Lunatic asylums Madras 1892-1911 - 1892-1911
Year: 1892
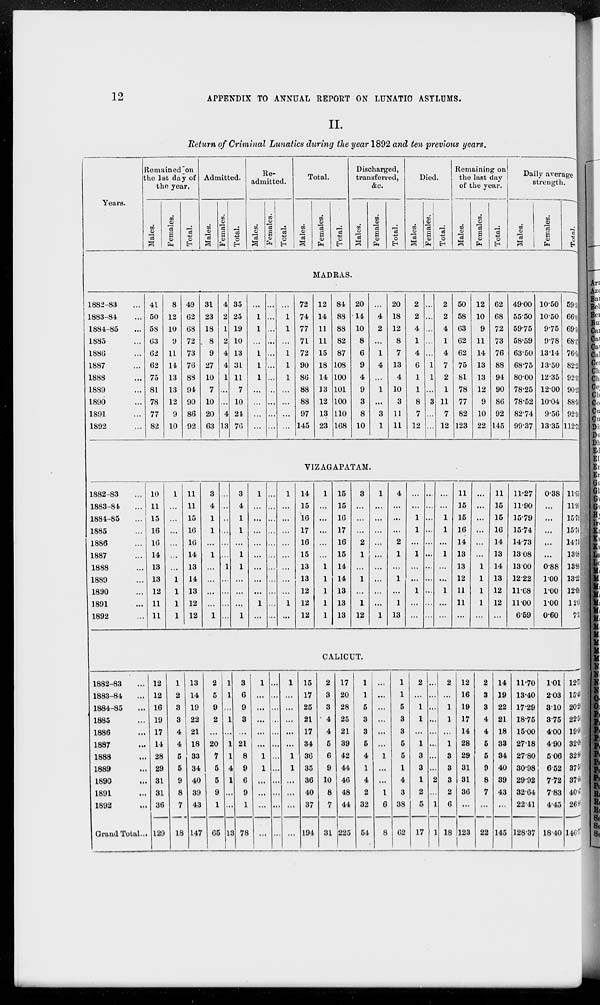
12
APPENDIX TO ANNUAL REPORT ON LUNATIC ASYLUMS.
II.
Return of Criminal Lunatics during the year 1892 and ten previous years.
Years.
Remained on
the 1st day of
the year.
Males.
Females.
Total.
Admitted.
Males.
Females.
Total.
Re-
admitted.
Males.
Females.
Total.
Total.
Males.
Females.
Total.
Discharged,
transferred,
&c.
Males.
Females.
Total.
Died.
Males.
Females.
Total.
Remaining on
the last day
of the year.
Males.
Females.
Total.
Daily average
strength.
Males.
Females.
Total.
MADRAS.
1882-83 ...
1883-84 ...
1884-85 ...
1885 ...
1886 ...
1887 ...
1888 ...
1889 ...
1890 ...
1891 ...
1892 ...
41
50
58
63
62
62
75
81
78
77
82
8
12
10
9
11
14
13
13
12
9
10
49
62
68
72
73
76
88
94
90
86
92
31
23
18
8
9
27
10
7
10
20
63
4
2
1
2
4
4
1
...
...
4
13
35
25
19
10
13
31
11
7
10
24
76
...
1
1
...
1
1
1
...
...
...
...
...
...
...
...
...
...
...
...
...
...
...
...
1
1
...
1
1
1
...
...
...
...
72
74
77
71
72
90
86
88
88
97
145
12
14
11
11
15
18
14
13
12
13
23
84
88
88
82
87
108
100
101
100
110
168
20
14
10
8
6
9
4
9
3
8
10
...
4
2
...
1
4
...
1
...
3
1
20
18
12
8
7
13
4
10
3
11
11
2
2
4
1
4
6
1
1
8
7
12
...
...
...
...
...
1
1
...
3
...
...
2
2
4
1
4
7
2
1
11
7
12
50
58
63
62
62
75
81
78
77
82
123
12
10
9
11
14
13
13
12
9
10
22
62
68
72
73
76
88
94
90
86
92
145
49.00
55.50
59.75
58.59
63.50
68.75
80.00
78.25
78.52
82.74
99.37
10.50
10.50
9.75
9.78
13.14
13.50
12.35
12.00
10.04
9.56
13.35
59.50
66.00
69.50
68.37
76.64
82.25
92.35
90.25
88.56
92.30
112.72
VIZAGAPATAM.
1882-83 ...
1883-84 ...
1884-85 ...
1885 ...
1886 ...
1887 ...
1888 ...
1889 ...
1890 ...
1891 ...
1892 ...
10
11
15
16
16
14
13
13
12
11
11
1
...
...
...
...
...
...
1
1
1
1
11
11
15
16
16
14
13
14
13
12
12
3
4
1
1
...
1
...
...
...
...
1
...
...
..
...
...
...
1
...
...
...
...
3
4
1
1
...
1
1
...
...
...
1
1
...
...
...
...
...
...
...
...
1
...
...
...
...
...
...
...
...
...
...
...
...
1
...
...
...
...
...
...
...
...
1
...
14
15
16
17
16
15
13
13
12
12
12
1
...
...
...
...
...
1
1
1
1
1
15
15
16
17
16
15
14
14
13
13
13
3
...
...
...
2
1
...
1
...
1
12
1
...
...
...
...
...
...
...
...
...
1
4
...
...
...
2
1
...
1
...
1
13
...
...
1
1
...
1
...
...
1
...
...
...
...
...
...
...
...
...
...
...
...
...
...
...
1
1
...
1
...
...
1
...
...
11
15
15
16
14
13
13
12
11
11
...
...
...
...
...
...
...
1
1
1
1
...
11
15
15
16
14
13
14
13
12
12
...
11.27
11.90
15.79
15.74
14.73
13.08
13.00
12.22
11.68
11.00
6.59
0.38
...
...
...
...
...
0.88
1.00
1.00
1.00
0.60
11.65
11.90
15.79
15.74
14.73
13.08
13.88
13.22
12.68
12.00
7.19
CALICUT.
1882-83 ...
1883-84 ...
1884-85 ...
1885 ...
1886 ...
1887 ...
1888 ...
1889 ...
1890 ...
1891 ...
1892 ...
Grand Total ...
12
12
16
19
17
14
28
29
31
31
36
129
1
2
3
3
4
4
5
5
9
8
7
18
13
14
19
22
21
18
33
34
40
39
43
147
2
5
9
2
...
20
7
5
5
9
1
65
1
1
...
1
...
1
1
4
1
...
...
13
3
6
9
3
...
21
8
9
6
9
1
78
1
...
...
...
...
...
1
1
...
...
...
...
...
...
...
...
...
...
...
...
...
...
...
...
1
...
...
...
...
...
1
1
...
...
...
...
15
17
25
21
17
34
36
35
36
40
37
194
2
3
3
4
4
5
6
9
10
8
7
31
17
20
28
25
21
39
42
44
46
48
44
225
1
1
5
3
3
5
4
1
4
2
32
54
...
...
...
...
...
...
1
...
...
1
6
8
1
1
5
3
3
5
5
1
4
3
38
62
2
...
1
1
...
1
3
3
1
2
5
17
...
...
...
...
...
...
...
...
2
...
1
1
2
...
1
1
...
1
3
3
3
2
6
18
12
16
19
17
14
28
29
31
31
36
...
123
2
3
3
4
4
5
5
9
8
7
...
22
14
19
22
21
18
33
34
40
39
43
...
145
11.70
13.40
17.29
18.75
15.00
27.18
27.80
30.98
29.92
32.64
22.41
128.37
1.01
2.03
3.10
3.75
4.00
4.90
5.06
6.52
7.72
7.83
4.45
18.40
12.71
15.43
20.39
22.50
19.00
32.08
32.86
37.50
37.64
40.47
26.86
146.77